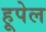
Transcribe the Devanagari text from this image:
हूपेल